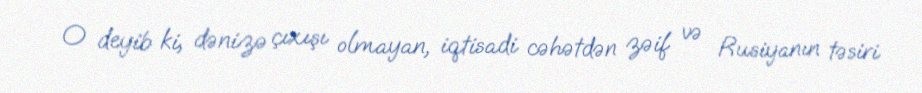
O deyib ki, dənizə çıxışı olmayan, iqtisadi cəhətdən zəif və Rusiyanın təsiri